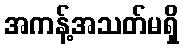
အကန့်အသတ်မရှိ